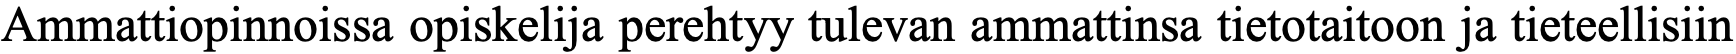
Ammattiopinnoissa opiskelija perehtyy tulevan ammattinsa tietotaitoon ja tieteellisiin